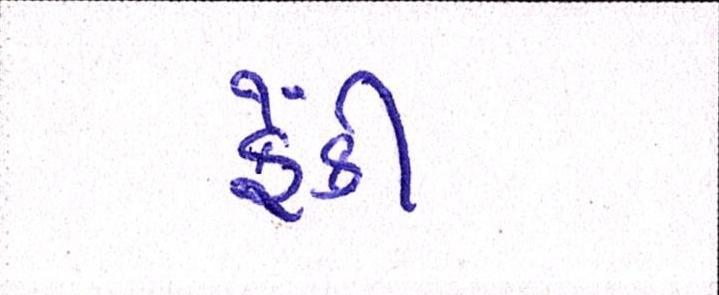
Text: ફેંકી